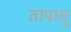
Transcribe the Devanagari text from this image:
तापासू